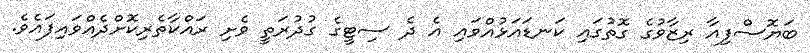
ބަޔޮސްފިއާ ރިޒާވުގެ ގޮތުގައި ކަނޑައަޅުއްވައި އެ ދެ ސިޓީގެ ގުދުރަތީ ވެށި ރައްކާތެރިކޮށްދެއްވައިފައެވެ.